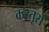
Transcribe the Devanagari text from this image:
कस्तूरों